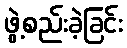
ဖွဲ့စည်းခဲ့ခြင်း